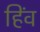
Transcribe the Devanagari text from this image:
हिंव